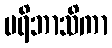
ပရိဘာသိကာ